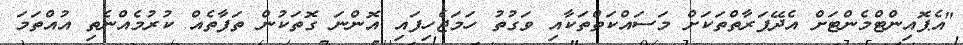
"އެޕޮއިންޓްމެންޓަށް އެދޭފަރާތްތަކަށް މަސައްކަތްތަކާއި ވަގުތު ހަމަޖެހިފައި އޮންނަ ގޮތަކުން ތަފާތެއް ކުރުމެއްނެތި އުއްތަމަ